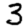
Digit: 3